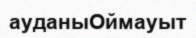
ауданыОймауыт